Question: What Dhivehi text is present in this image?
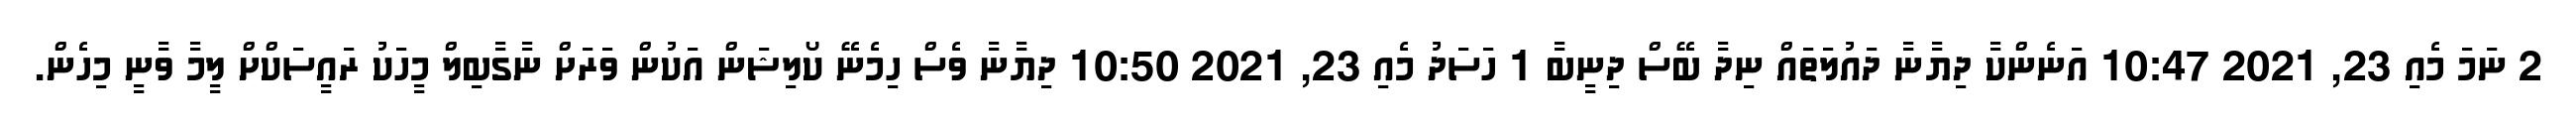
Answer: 2 ނަމަ މެއި 23, 2021 10:47 އަނެންކާ ދިޔާނާ ދައުލަތައް ނިދާ ބޭސް ދިނީބާ 1 ހަސަދު މެއި 23, 2021 10:50 ދިޔާނާ ވެސް ހިމެނޭ ކޯލިޝަން އަކުން ވަރަށް ނާގާބިލް މީހަކު ރައީސަކްށް ލީމާ ވާނީ މިހެން.